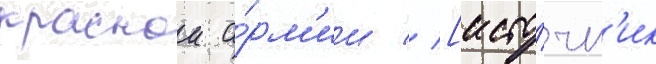
краснои а́рм'ии // [исто́чн'ик